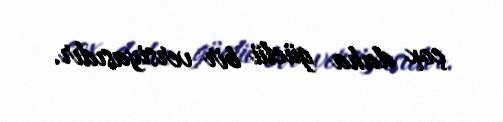
çox daha güclü bir versiyasıdır.